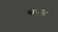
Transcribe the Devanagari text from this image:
स्वरानंत